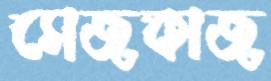
সেজকাজ